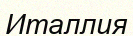
Италлия